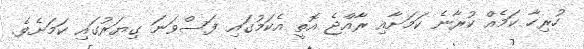
ހުރިހާ ކަމެއް ކުރާނެ ކަމަށާއި ރާއްޖެ އޮތީ އެކަމުގައި ފަސްވަނަ ގިޔަރުގައި ކަމަށެވެ.